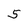
Character: 5